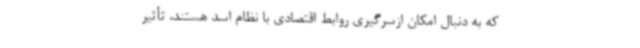
که به دنبال امکان ازسرگیری روابط اقتصادی با نظام اسد هستند، تأثیر